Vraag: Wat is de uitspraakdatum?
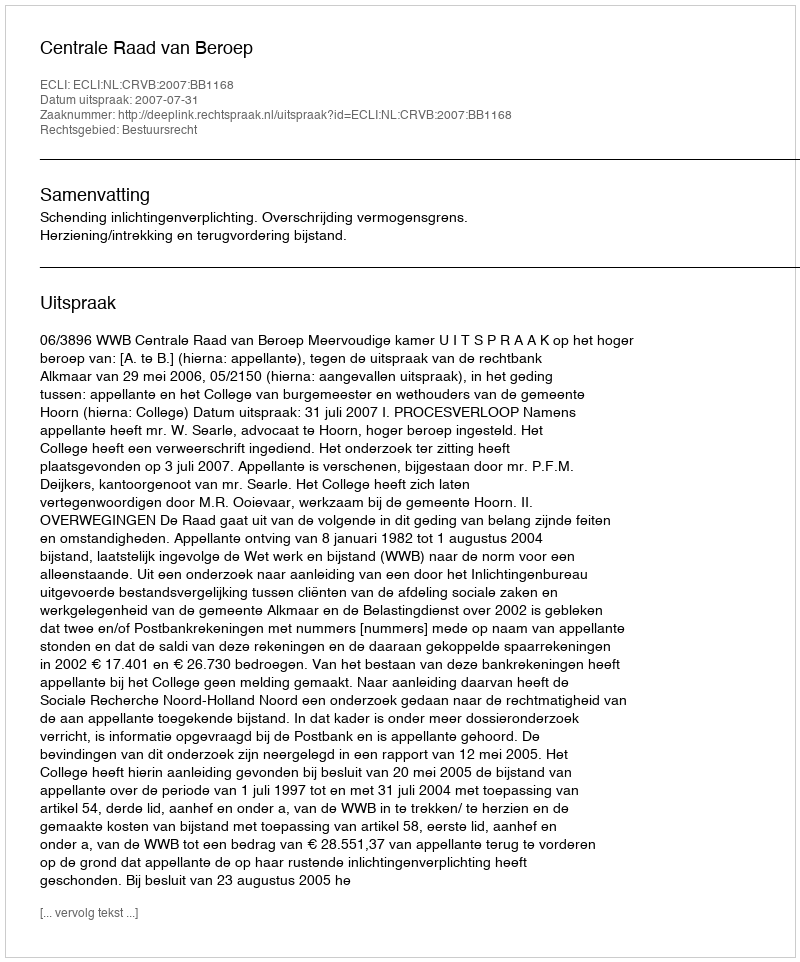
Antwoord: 2007-07-31